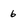
Character: 6